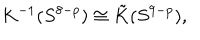
K ^ { - 1 } ( S ^ { 8 - p } ) \cong \tilde { K } ( S ^ { 9 - p } ) ,